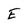
Character: E